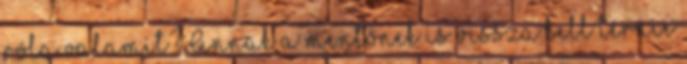
róla valamit? Annak a mentőnek is vissza kell térnie